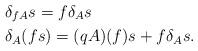
LaTeX: \begin{align*}&\delta_{fA}s= f\delta_A s \\&\delta_A (fs)= (qA)(f)s+f\delta_A s.\end{align*}